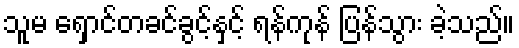
သူမ ရှောင်တခင်ခွင့်နှင့် ရန်ကုန် ပြန်သွား ခဲ့သည်။